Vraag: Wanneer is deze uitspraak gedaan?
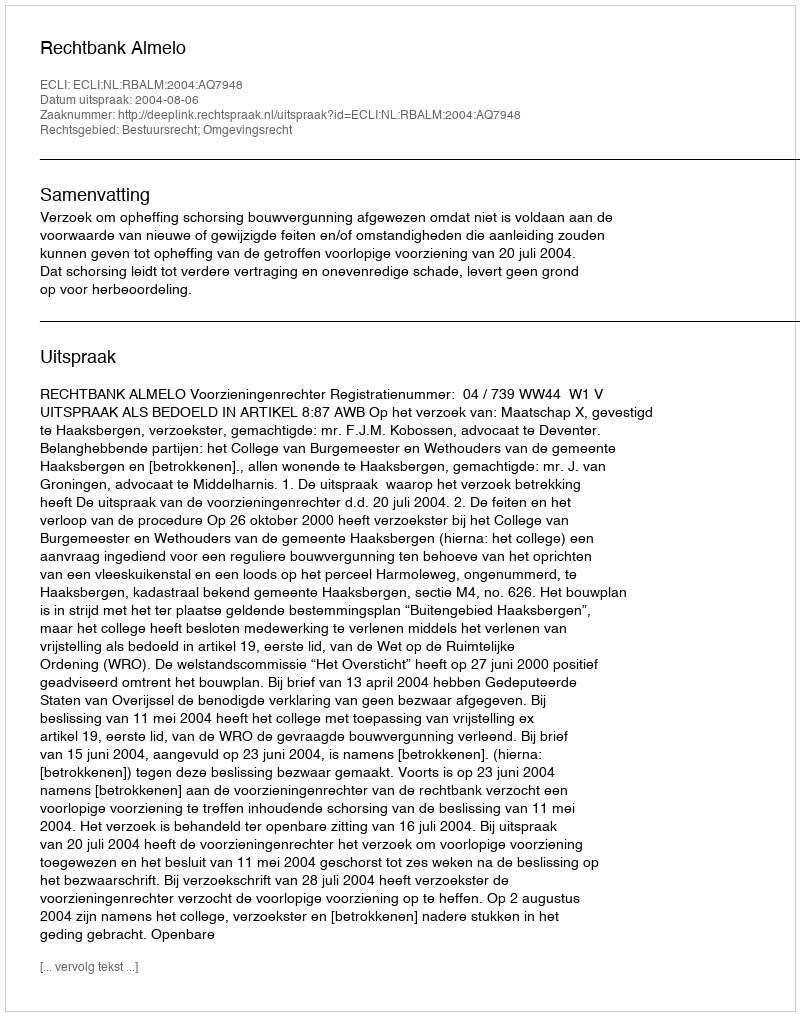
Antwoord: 2004-08-06